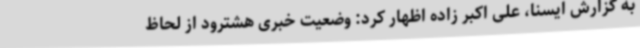
به گزارش ایسنا، علی اکبر زاده اظهار کرد: وضعیت خبری هشترود از لحاظ